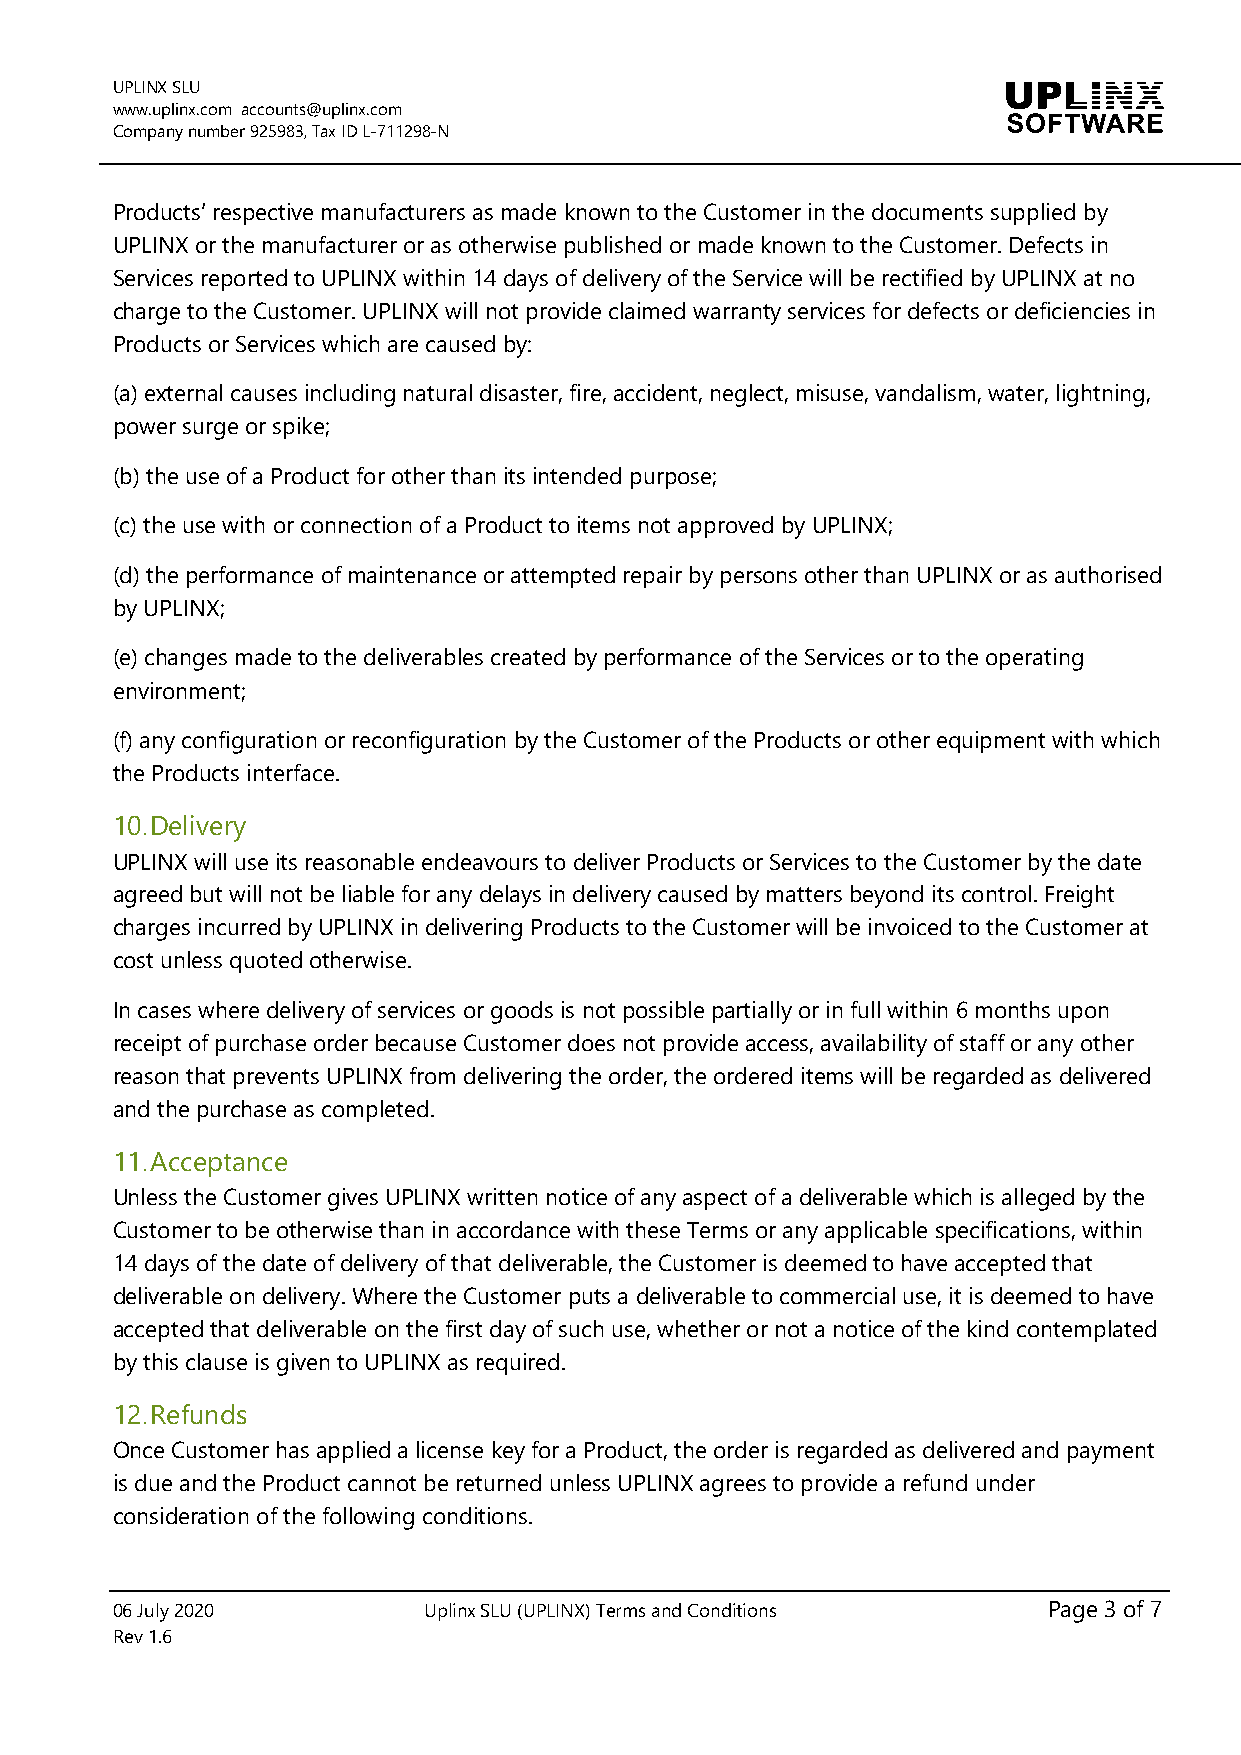
UPLINX SLU
 www.uplinx.com accounts@uplinx.com
 Company number 925983, Tax ID L-711298-N
 Products’ respective manufacturers as made known to the Customer in the documents supplied by
 UPLINX or the manufacturer or as otherwise published or made known to the Customer. Defects in
 Services reported to UPLINX within 14 days of delivery of the Service will be rectified by UPLINX at no
 charge to the Customer. UPLINX will not provide claimed warranty services for defects or deficiencies in
 Products or Services which are caused by:
 (a) external causes including natural disaster, fire, accident, neglect, misuse, vandalism, water, lightning,
 power surge or spike;
 (b) the use of a Product for other than its intended purpose;
 (c) the use with or connection of a Product to items not approved by UPLINX;
 (d) the performance of maintenance or attempted repair by persons other than UPLINX or as authorised
 by UPLINX;
 (e) changes made to the deliverables created by performance of the Services or to the operating
 environment;
 (f) any configuration or reconfiguration by the Customer of the Products or other equipment with which
 the Products interface.
 10. Delivery
 UPLINX will use its reasonable endeavours to deliver Products or Services to the Customer by the date
 agreed but will not be liable for any delays in delivery caused by matters beyond its control. Freight
 charges incurred by UPLINX in delivering Products to the Customer will be invoiced to the Customer at
 cost unless quoted otherwise.
 In cases where delivery of services or goods is not possible partially or in full within 6 months upon
 receipt of purchase order because Customer does not provide access, availability of staff or any other
 reason that prevents UPLINX from delivering the order, the ordered items will be regarded as delivered
 and the purchase as completed.
 11. Acceptance
 Unless the Customer gives UPLINX written notice of any aspect of a deliverable which is alleged by the
 Customer to be otherwise than in accordance with these Terms or any applicable specifications, within
 14 days of the date of delivery of that deliverable, the Customer is deemed to have accepted that
 deliverable on delivery. Where the Customer puts a deliverable to commercial use, it is deemed to have
 accepted that deliverable on the first day of such use, whether or not a notice of the kind contemplated
 by this clause is given to UPLINX as required.
 12. Refunds
 Once Customer has applied a license key for a Product, the order is regarded as delivered and payment
 is due and the Product cannot be returned unless UPLINX agrees to provide a refund under
 consideration of the following conditions.
 06 July 2020         Uplinx SLU (UPLINX) Terms and Conditions Page 3 of 7
 Rev 1.6